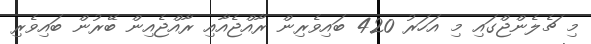
މި ޗެލެންޖްގައި މި އަހަރު 420 ބައިވެރިން ރާއްޖެއާއި ރާއްޖެއިން ބޭރުން ބައިވެރި